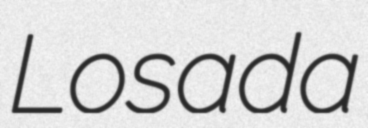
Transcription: Losada